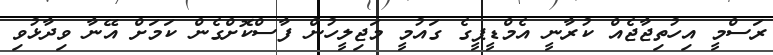
ރަސްމީ އިހުތިޖާޖެއް ކުރާނީ އެމްޑީޕީގެ ގައުމީ މަޖިލީހުން ފާސްކޮށްގެން ކަމަށް އޭނާ ވިދާޅުވި